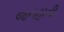
જનહાની